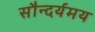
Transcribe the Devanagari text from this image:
सौन्दर्यमय